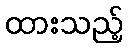
ထားသည့်